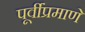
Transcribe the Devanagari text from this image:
पूर्वींप्रमाणें